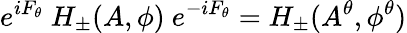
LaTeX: e^{iF_{\theta}}\ H_{\pm}(A,\phi)\ e^{-iF_{\theta}}=H_{\pm}(A^{\theta},\phi^{\theta})